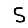
Digit: 5